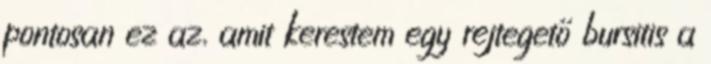
pontosan ez az, amit kerestem egy rejtegető bursitis a